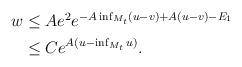
LaTeX: \begin{align*}\begin{aligned}w &\leq A e^2 e^{- A \inf_{M_t} (u - v) + A(u - v) - E_1} \\&\leq C e^{A(u - \inf_{M_t} u)} .\end{aligned}\end{align*}